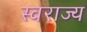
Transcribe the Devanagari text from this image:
स्‍वराज्य